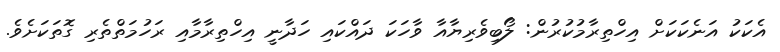
އެކަކު އަނެކަކަށް އިހްތިރާމުކުރުން: ލޯބިވެރިޔާއާ ވާހަކަ ދައްކައި ހަދާނީ އިހްތިރާމާއި ރަހުމަތްތެރި ގޮތަކަށެވެ.